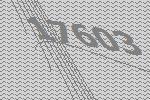
17603